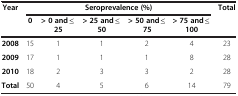
| <ROWSPAN=2> Year | <COLSPAN=5> Seroprevalence (%) | <ROWSPAN=2> Total |
 | 0 | > 0 and ≤25 | > 25 and ≤50 | > 50 and ≤75 | > 75 and ≤100 |
 | --- | --- | --- | --- | --- | --- | --- |
 | 2008 | 15 | 1 | 1 | 2 | 4 | 23 |
 | 2009 | 17 | 1 | 1 | 1 | 8 | 28 |
 | 2010 | 18 | 2 | 3 | 3 | 2 | 28 |
 | Total | 50 | 4 | 5 | 6 | 14 | 79 |